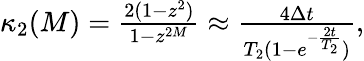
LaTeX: \begin{array}{r}{\kappa_{2}(M)=\frac{2(1-z^{2})}{1-z^{2M}}\approx\frac{4\Delta t}{T_{2}(1-e^{-\frac{2t}{T_{2}}})},}\end{array}